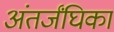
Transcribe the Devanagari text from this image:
अंतर्जंघिका